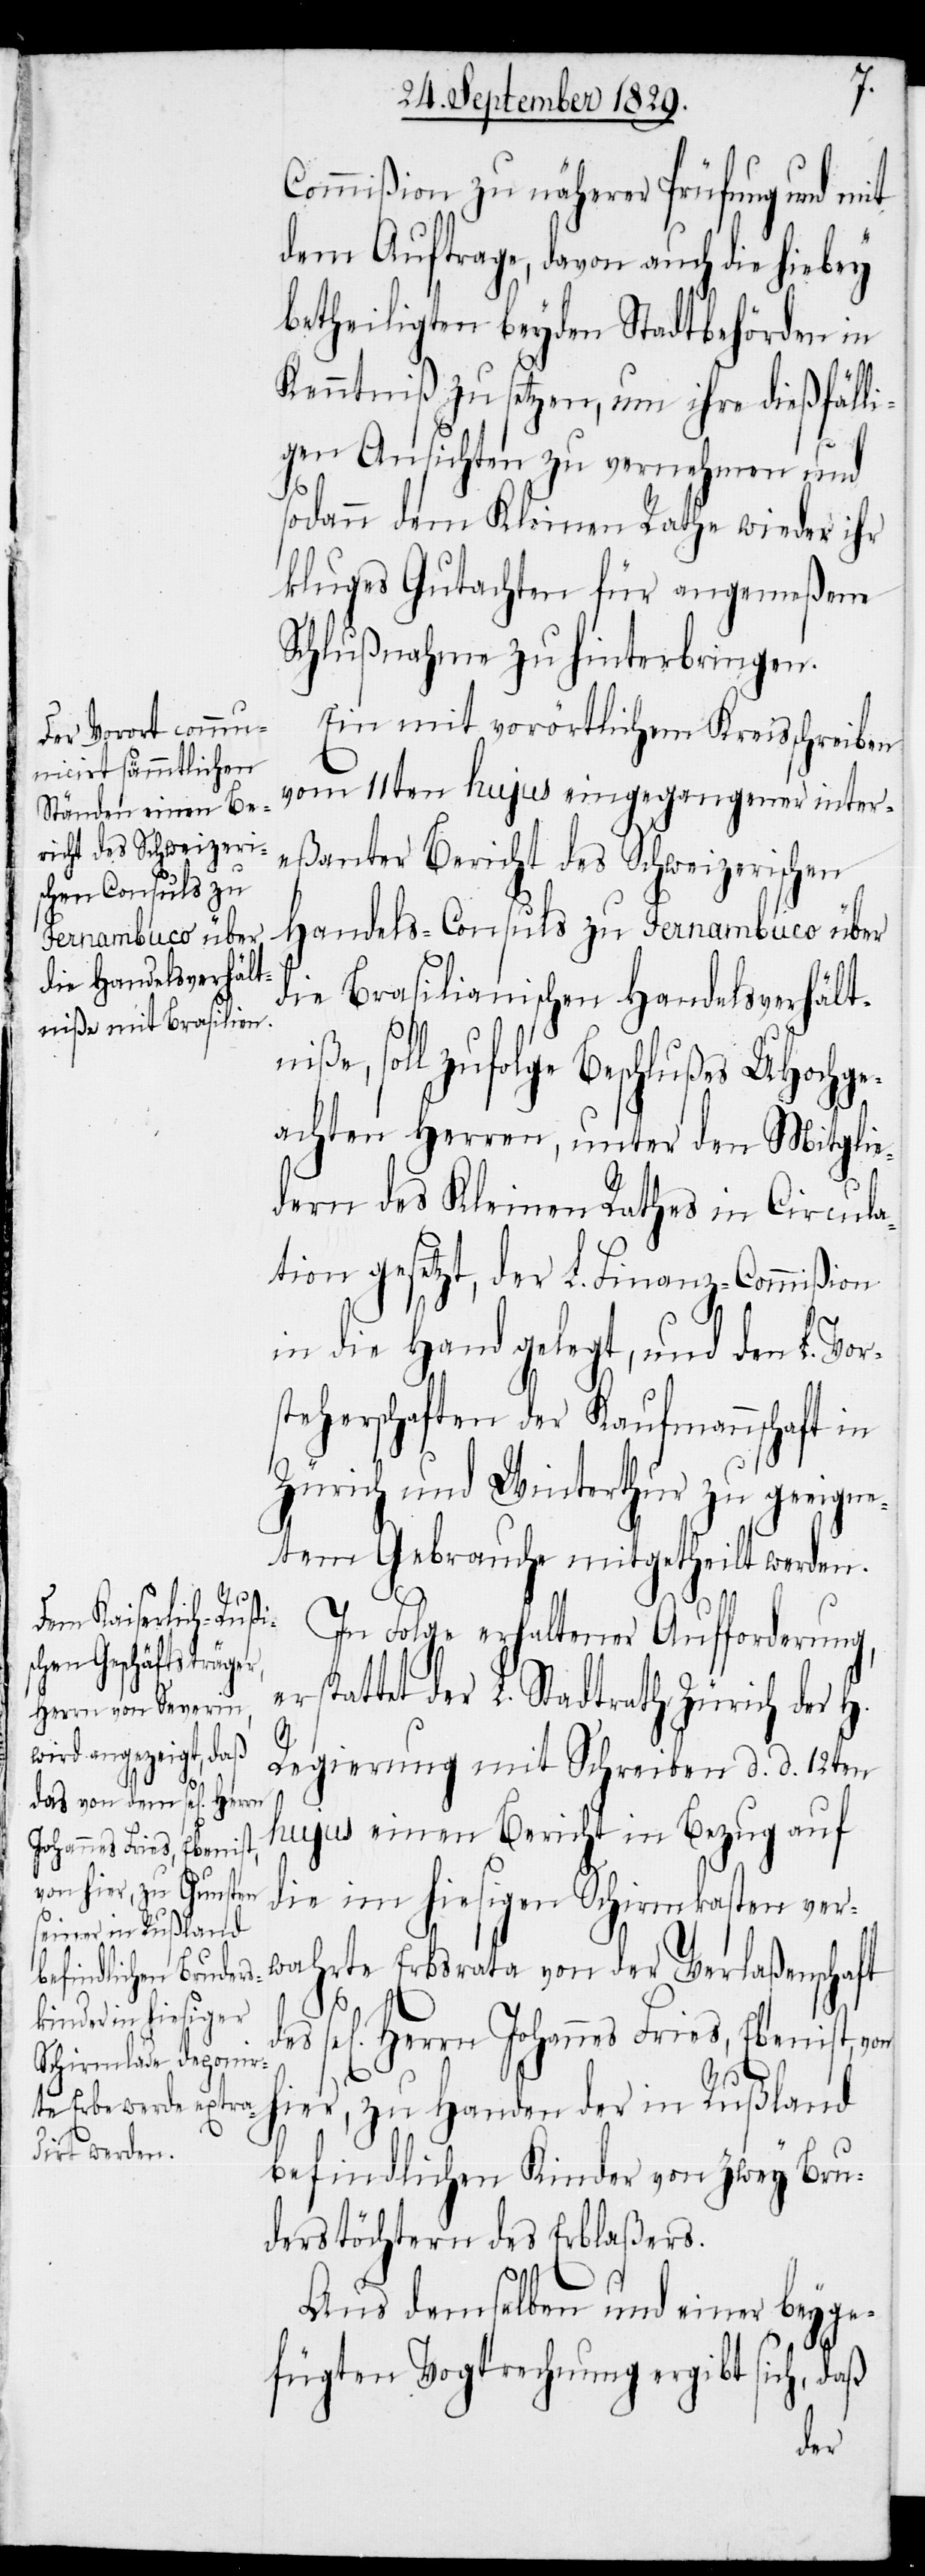
e¬
Johannes Fries, Ebenis¬

Commißion zu näherer Prüfung und mit
dem Auftrage, davon auch die hiebey
betheiligten beyden Stadtbehörden in
Kenntniß zu setzen, um ihre dießfäll¬
igen Ansichten zu vernehmen und
sodann dem Kleinen Rathe wieder ihr
kluges Gutachten für angemeßene
Schlußnahme zu hinterbringen.
Ein mit vorörtlichem Kreisschreiben
vom 11ten hujus eingegangener inter¬
eßanter Bericht des Schweizerischen
Handels-Consuls zu Fernambuco über
die Brasilianischen Handelsverhältn¬
iße, soll zufolge Beschlußes UHochge¬
achten Herren, unter den Mitglie¬
dern des Kleinen Rathes in Circula¬
tion gesetzt, der L. Finanz-Commißion
in die Hand gelegt, und den L. Vor¬
steherschaften der Kaufmannschaft in
Zürich und Winterthur zu geeigne¬
tem Gebrauche mitgetheilt werden.
In Folge erhaltener Aufforderung,
rstattet der L. Stadtrath Zürich der
t,
Regierung mit Schreiben d. d. 12ten
hujus einen Bericht in Bezug auf
die im hiesigen Schirmkasten ver¬
wahrte Erbsrata von der Verlaßenschaft
hier, zu Handen der in Rußland
befindlichen Kinder von zwey Bru¬
derstöchtern des Erblaßers.
Aus demselben und einer beyge¬
fügten Vogtrechnung ergiebt sich, daß
des